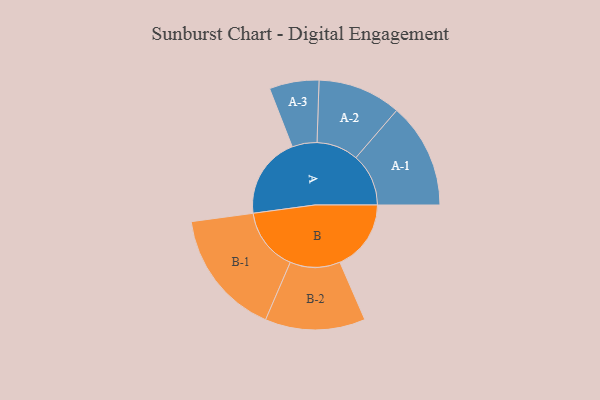
{"axis": {"x": "Segment", "y": "Value"}, "legend": ["", "A", "B"], "data": [{"x": "A", "y": 349, "type": ""}, {"x": "B", "y": 304, "type": ""}, {"x": "A-1", "y": 225, "type": "A"}, {"x": "A-2", "y": 178, "type": "A"}, {"x": "A-3", "y": 106, "type": "A"}, {"x": "B-1", "y": 270, "type": "B"}, {"x": "B-2", "y": 214, "type": "B"}]}